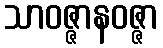
သာဝဇ္ဇာနဝဇ္ဇာ